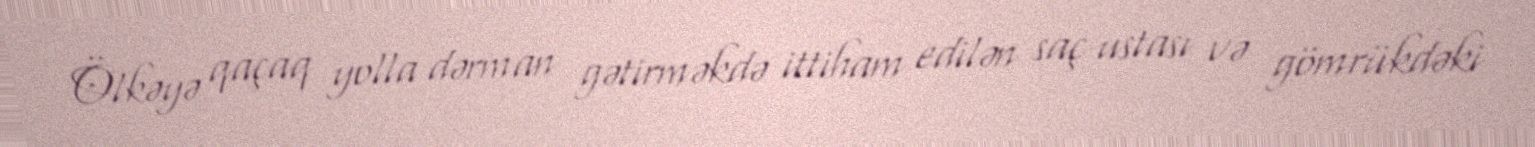
Ölkəyə qaçaq yolla dərman gətirməkdə ittiham edilən saç ustası və gömrükdəki